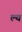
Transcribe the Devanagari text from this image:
ल्य